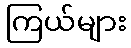
ကြယ်များ